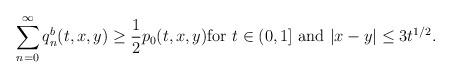
LaTeX: \begin{align*} \sum_{n=0}^\infty q_n^b(t,x,y)\geq \frac{1}{2}p_0(t,x,y) \hbox{for } t\in(0,1]\hbox{ and } |x-y|\leq 3 t^{1/2} .\end{align*}